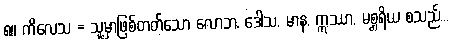
၈။ ကိလေသ = သူ့မှာဖြစ်တတ်သော လောဘ, ဒေါသ, မာန, ဣဿာ, မစ္ဆရိယ စသည်...